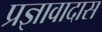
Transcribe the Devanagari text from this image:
प्रज्ञावादास